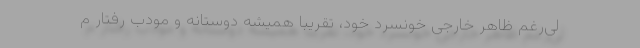
لی‌رغم ظاهر خارجی خونسرد خود، تقریبا همیشه دوستانه و مودب رفتار م